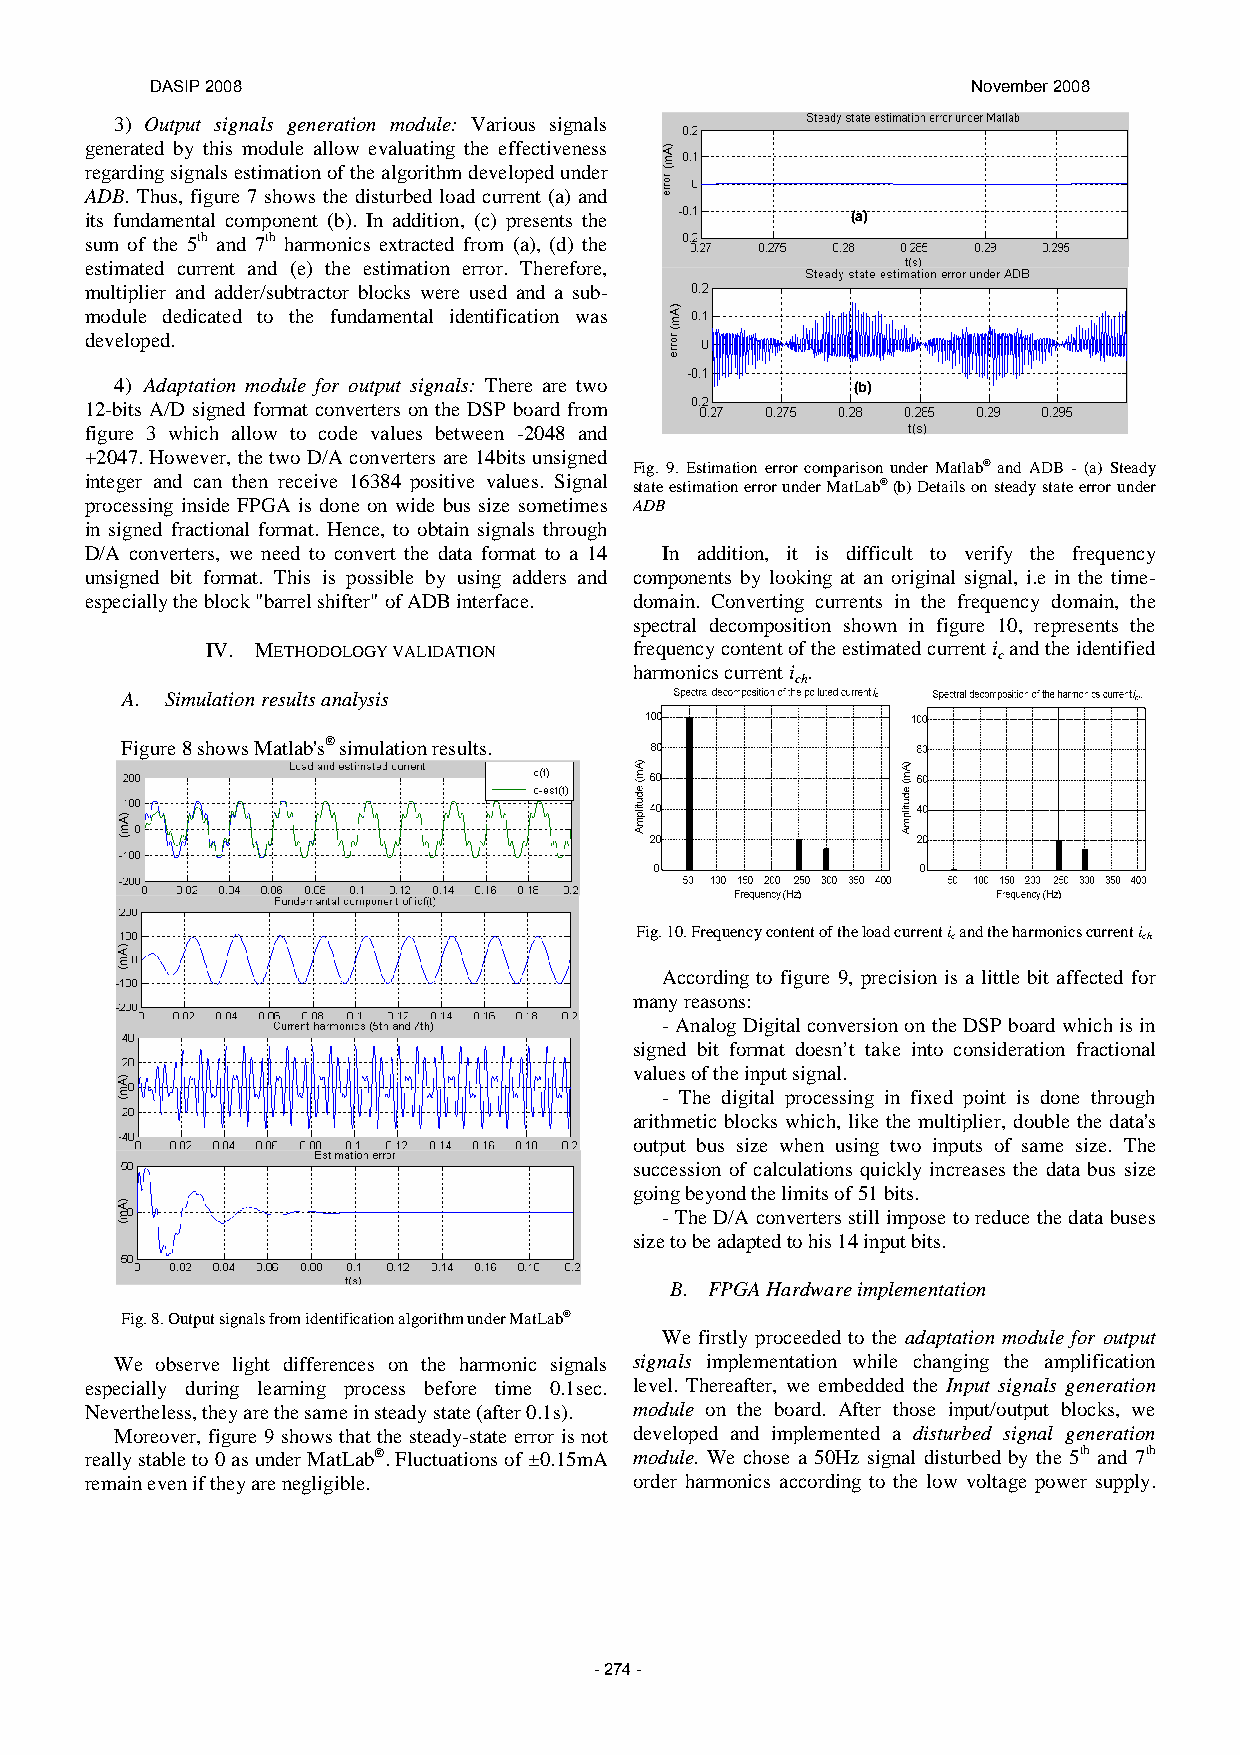
DASIP 2008                                            November 2008
 3) Output signals generation module: Various signals
 generated by this module allow evaluating the effectiveness
 regarding signals estimation of the algorithm developed under
 ADB. Thus, figure 7 shows the disturbed load current (a) and
 its fundamental component (b). In addition, (c) presents the (a)( a)
 sum of the 5th and 7th harmonics extracted from (a), (d) the
 estimated current and (e) the estimation error. Therefore,
 multiplier and adder/subtractor blocks were used and a sub-
 module dedicated to the fundamental identification was
 developed.
 4) Adaptation module for output signals: There are two (b)
 12-bits A/D signed format converters on the DSP board from
 figure 3 which allow to code values between -2048 and
 +2047. However, the two D/A converters are 14bits unsigned
 Fig. 9. Estimation error comparison under Matlab® and ADB - (a) Steady
 integer and can then receive 16384 positive values. Signal state estimation error under MatLab® (b) Details on steady state error under
 processing inside FPGA is done on wide bus size sometimes ADB
 in signed fractional format. Hence, to obtain signals through
 D/A converters, we need to convert the data format to a 14 In addition, it is difficult to verify the frequency
 unsigned bit format. This is possible by using adders and components by looking at an original signal, i.e in the time-
 especially the block "barrel shifter" of ADB interface. domain. Converting currents in the frequency domain, the
 spectral decomposition shown in figure 10, represents the
 IV. METHODOLOGY VALIDATION  frequency content of the estimated current i c and the identified
 harmonics current i .
 ch
 A. Simulation results analysis
 Figure 8 shows Matlab's® simulation results.
 Fig. 10. Frequency content of the load current i and the harmonics current i
 c            ch
 According to figure 9, precision is a little bit affected for
 many reasons:
 - Analog Digital conversion on the DSP board which is in
 signed bit format doesn’t take into consideration fractional
 values of the input signal.
 - The digital processing in fixed point is done through
 arithmetic blocks which, like the multiplier, double the data's
 output bus size when using two inputs of same size. The
 succession of calculations quickly increases the data bus size
 going beyond the limits of 51 bits.
 - The D/A converters still impose to reduce the data buses
 size to be adapted to his 14 input bits.
 B. FPGA Hardware implementation
 Fig. 8. Output signals from identification algorithm under MatLab®
 We firstly proceeded to the adaptation module for output
 We observe light differences on the harmonic signals signals implementation while changing the amplification
 especially during learning process before time 0.1sec. level. Thereafter, we embedded the Input signals generation
 Nevertheless, they are the same in steady state (after 0.1s). module on the board. After those input/output blocks, we
 Moreover, figure 9 shows that the steady-state error is not developed and implemented a disturbed signal generation
 really stable to 0 as under MatLab®. Fluctuations of ±0.15mA module. We chose a 50Hz signal disturbed by the 5th and 7th
 remain even if they are negligible. order harmonics according to the low voltage power supply.
 - 274 -